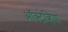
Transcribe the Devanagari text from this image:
ऑक्टेव्हिया